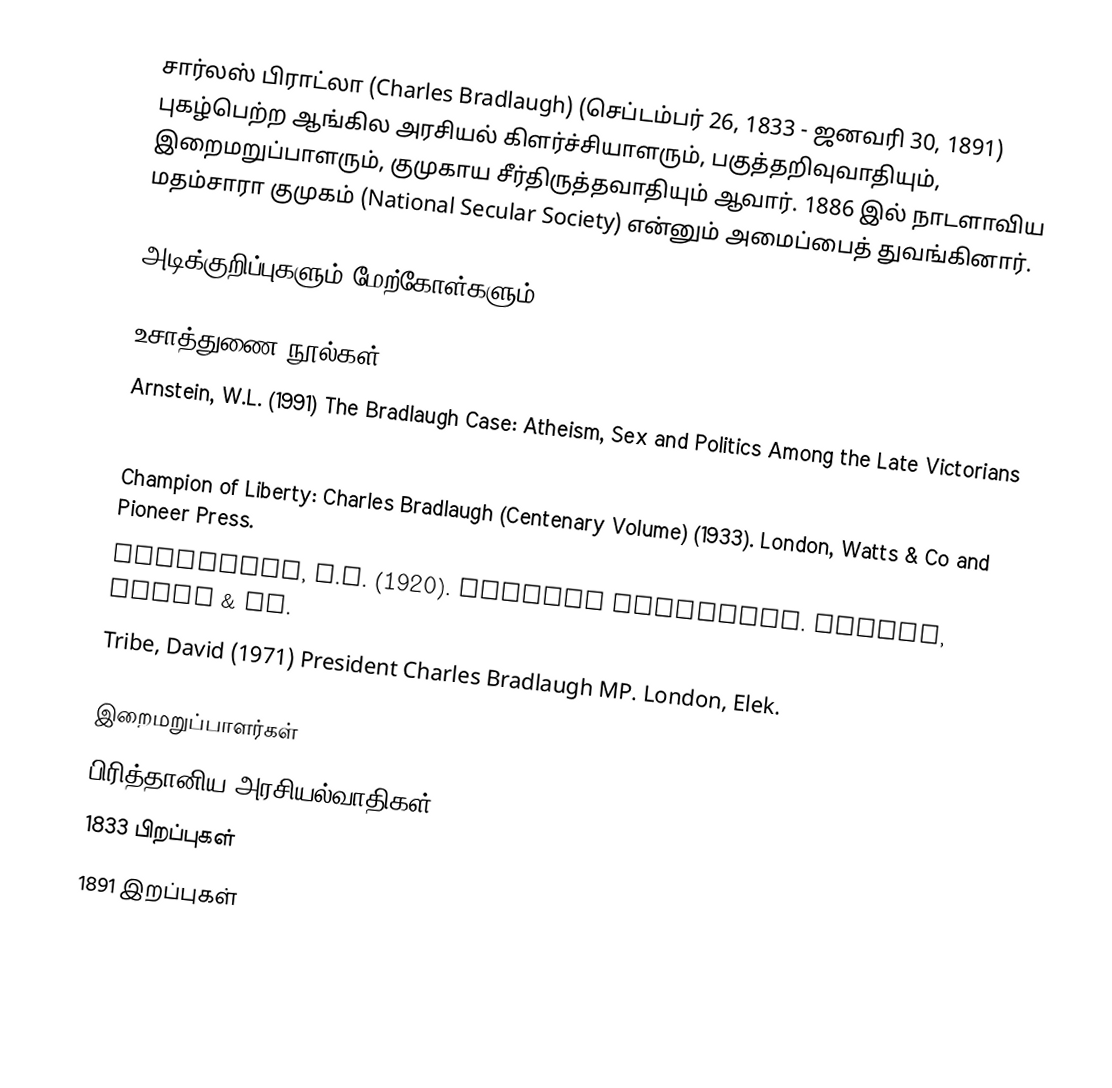
சார்லஸ் பிராட்லா (Charles Bradlaugh) (செப்டம்பர் 26, 1833 - ஜனவரி 30, 1891) புகழ்பெற்ற ஆங்கில அரசியல் கிளர்ச்சியாளரும், பகுத்தறிவுவாதியும், இறைமறுப்பாளரும், குமுகாய சீர்திருத்தவாதியும் ஆவார். 1886 இல் நாடளாவிய மதம்சாரா குமுகம் (National Secular Society) என்னும் அமைப்பைத்  துவங்கினார்.

அடிக்குறிப்புகளும் மேற்கோள்களும்

உசாத்துணை நூல்கள்
Arnstein, W.L. (1991) The Bradlaugh Case: Atheism, Sex and Politics Among the Late Victorians
Bradlaugh Bonner, Hypatia (1908). Charles Bradlaugh: A Record of His Life and Work by his daughter. London, T. Fisher Unwin.
Champion of Liberty: Charles Bradlaugh (Centenary Volume) (1933). London, Watts & Co and Pioneer Press.
Robertson, J.M. (1920). Charles Bradlaugh. London, Watts & Co.
Tribe, David (1971) President Charles Bradlaugh MP. London, Elek.

இறைமறுப்பாளர்கள்
பிரித்தானிய அரசியல்வாதிகள்
1833 பிறப்புகள்
1891 இறப்புகள்